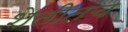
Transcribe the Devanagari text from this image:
शेतीतच